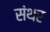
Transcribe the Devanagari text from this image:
संथर